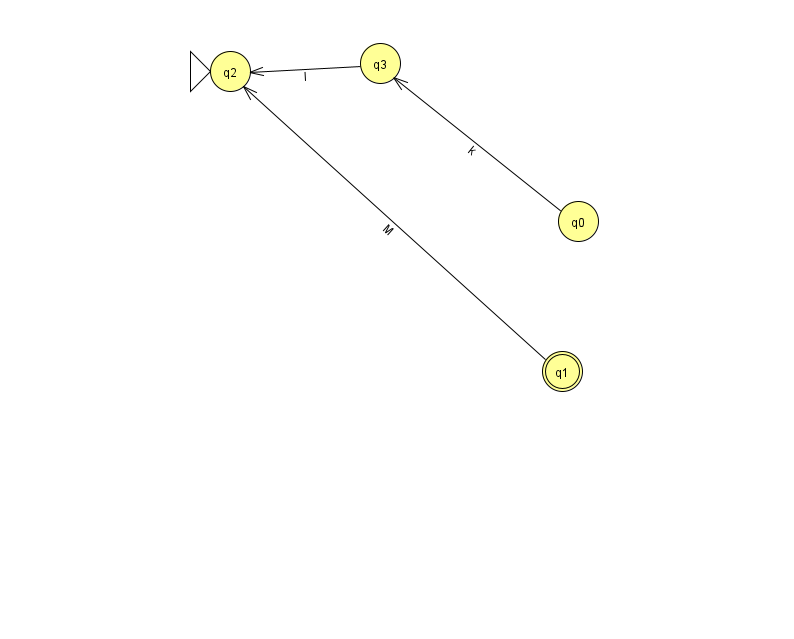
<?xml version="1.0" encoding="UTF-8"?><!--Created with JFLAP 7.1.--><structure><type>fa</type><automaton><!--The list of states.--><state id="0" name="q0"><x>578.0</x><y>208.0</y></state><state id="1" name="q1"><x>562.0</x><y>358.0</y><final/></state><state id="2" name="q2"><x>230.0</x><y>58.0</y><initial/></state><state id="3" name="q3"><x>380.0</x><y>50.0</y></state><!--The list of transitions.--><transition><from>1</from><to>2</to><read>M</read></transition><transition><from>3</from><to>2</to><read>l</read></transition><transition><from>0</from><to>3</to><read>k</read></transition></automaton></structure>